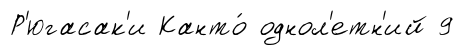
Р'югасак'и Канто́ однол'етн'ий 9